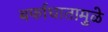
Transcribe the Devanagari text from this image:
बर्फाघातामुळे